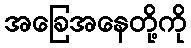
အခြေအနေတို့ကို